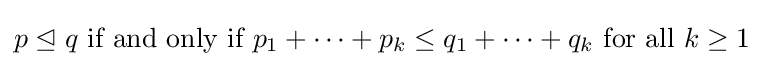
p\trianglelefteq q{\text{ if and only if }}p_{1}+\cdots +p_{k}\leq q_{1}+\cdots +q_{k}{\text{ for all }}k\geq 1